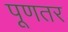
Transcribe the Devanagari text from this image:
पूणतर